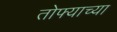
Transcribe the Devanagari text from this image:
तोफ्याच्या